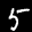
Label: 5